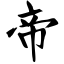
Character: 帝